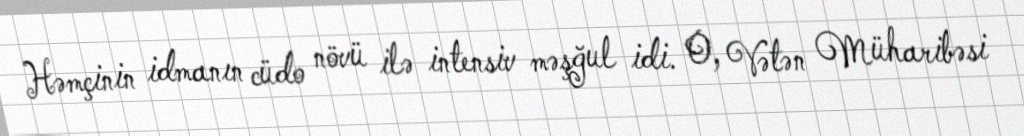
Həmçinin idmanın cüdo növü ilə intensiv məşğul idi. O, Vətən Müharibəsi